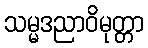
သမ္မဒညာဝိမုတ္တာ